Medical and sanitary report of the native army of Bengal for the year
Year: 1877
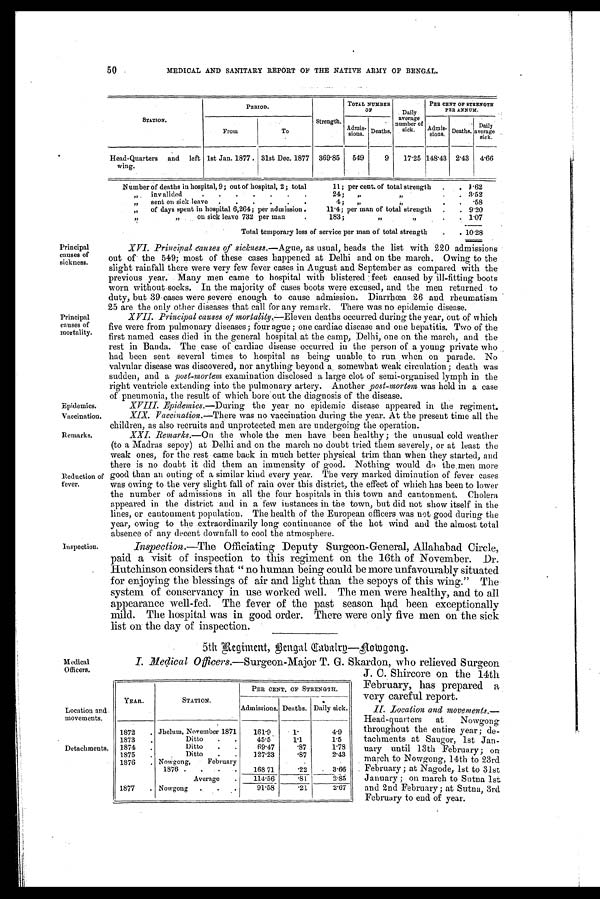
Epidemics.
Vaccination.
Remarks.
50
MEDICAL AND SANITARY REPORT OF THE NATIVE ARMY OF BENGAL.
STATION.
P E R I O D .
Strength.
TOTAL NUMBER
O F
Daily
average
number of
sick.
PER CENT OF STRENGTH
PER ANNUM.
From
To
Admis-
sions. Deaths.
Admi s-si ons. Deaths.
D a i l y a v e r a g e
sick.
Head-Quarters and left
wing.
1st Jan. 1877. 31st Dec. 1877 369.85 549
9
17.25 148.43 2.43 4.66
Number of deaths in hospital, 9; out of hospital, 2; total
11; per cent. of total strength .
. 1 . 6 2
" invalided
.
.
.
.
.
.
.
24; "
"
.
. 3.52
"
sent on sick leave .
.
.
.
. .
4; "
"
.
. .58
"
of days spent in hospital 6,264; per admission .
11.4; per man of total strength .
. 9.20
"
"
on sick leave 732 per man
. 183;
"
"
.
. 1.07
Total temporary loss of service per man of total strength
.
. 10.28
Principal
causes of
sickness.
Principal
causes of
mortality.
Reduction of
fever.
Inspection.
XVI. Principal muses of sickness. —Ague, as usual, heads the list with 220 admissions
out of the 549; most of these cases happened at Delhi and on the march. Owing to the
slight rainfall there were very few fever cases in August and September as compared with the
previous year. Many men came to hospital with blistered feet caused by ill-fitting boots
worn without socks. In the majority of cases boots were excused, and the men returned to
duty, but 39 cases were severe enough to cause admission. Diarrhœa 26 and rheumatism
25 are the only other diseases that call for any remark. There was no epidemic disease.
XVII. Principal causes of mortality. —Eleven deaths occurred during the year, out of which
five were from pulmonary diseases; four ague; one cardiac disease and one hepatitis. Two of the
first named cases died in the general hospital at the camp, Delhi, one on the march, and the
rest in Banda. The case of cardiac disease occurred in the person of a young private who
had been sent several times to hospital as being unable, to run when on parade. No
valvular disease was discovered, nor anything beyond a, somewhat weak circulation; death was
sudden, and a post-mortem examination disclosed a large clot of semi-organised lymph in the
right ventricle extending into the pulmonary artery. Another post-mortem was held m a case
of pneumonia, the result of which bore out the diagnosis of the disease.
XVIII. Epidemics. —During the year no epidemic disease appeared in the regiment.
XIX. Vaccination. —There was no vaccination during the year. At the present time all the
children, as also recruits and unprotected men are undergoing the operation.
XXI. Remarks. —On the whole the men have been healthy; the unusual cold weather
(to a Madras sepoy) at Delhi and on the march no doubt tried them severely, or at least the
weak ones, for the rest came back in much better physical trim than when they started, and
there is no doubt it did them an immensity of good. Nothing would do the men more
good than an outing of a similar kind every year. The very marked diminution of fever cases
was owing to the very slight fall of rain over this district, the effect of which has been to lower
the number of admissions in all the four hospitals in this town and cantonment. Cholera
appeared in the district and in a few instances in the town, but did not show itself in the
lines, or cantonment population. The health of the European officers was not good during the
year, owing to the extraordinarily long continuance of the hot wind and the almost total
absence of any decent downfall to cool the atmosphere.
Inspection. —The Officiating Deputy Surgeon-General, Allahabad Circle,
paid a visit of inspection to this regiment on the 16th of November. Dr.
Hutchinson considers that "no human being could be more unfavourably situated
for enjoying the blessings of air and light than the sepoys of this wing." The
system of conservancy in use worked well. The men were healthy, and to all
appearance well-fed. The fever of the past season had been exceptionally
mild. The hospital was in good order. There were only five men on the sick
list on the day of inspection.
5th Regiment, Bengal. Cabalry—Nowgong.
Medical
Officers.
Location and
movements.
Detachments.
I. Medical Officers.—Surgeon-Major T. G. Skardon, who relieved Surgeon
J. C. Shircore on the 14th
February, has prepared a
very careful report.
II. Location and movements. —
Head-quarters at Nowgong
throughout the entire year; de-
tachments at Saugor, 1st Jan-
uary until 13th February; on
march to Nowgong, 14th to 23rd
February; at Nagode,. 1st to 31st
January; on march to Sutna 1st
and 2nd February; at Sutna, 3rd
February to end of year.
YEAR.
STATION.
PER CENT. OF STRENGTH.
Admissions. Deaths. Daily sick.
1872
. Jhelum, November 1871
161.9
1 .
4.9
1873
.
Ditto .
.
45.5
1.1
1.5
1874
.
Ditto .
.
69.47
.87
1.78
1875
.
Ditto .
. 127.23
.87
2.43
1876
. Nowgong,
February
168.71
.22
3.66
1876 . .
.
.
Average
.
114.56
.81
2.85
1877 . Nowgong
.
. .
91.58
.21
2.67